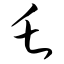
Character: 乇